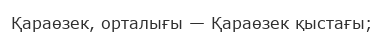
Қараөзек, орталығы — Қараөзек қыстағы;